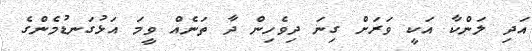
އަދި ލަންކާ އަކީ ވަރަށް ގިނަ ދިވެހިން ދާ ތަނެއް ވީމަ އަޅުގަނޑުމެންގެ